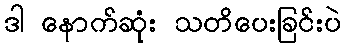
ဒါ နောက်ဆုံး သတိပေးခြင်းပဲ